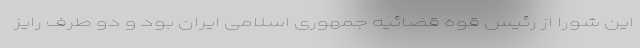
این شورا از رئیس قوه قضائیه جمهوری اسلامی ایران بود و دو طرف رایز